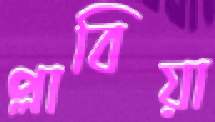
প্লাবিয়া